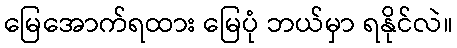
မြေအောက်ရထား မြေပုံ ဘယ်မှာ ရနိုင်လဲ။